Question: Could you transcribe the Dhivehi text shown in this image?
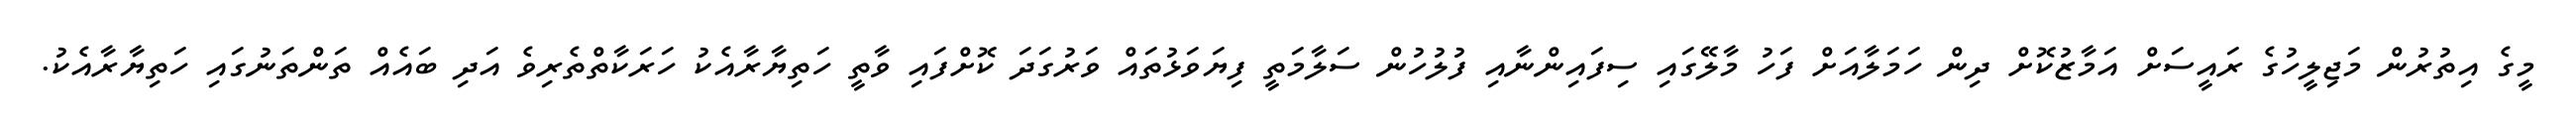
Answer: މީގެ އިތުރުން މަޖިލީހުގެ ރައީސަށް އަމާޒުކޮށް ދިން ހަމަލާއަށް ފަހު މާލޭގައި ސިފައިންނާއި ފުލުހުން ސަލާމަތީ ފިޔަވަޅުތައް ވަރުގަދަ ކޮށްފައި ވާތީ ހަތިޔާރާއެކު ހަރަކާތްތެރިވެ އަދި ބައެއް ތަންތަނުގައި ހަތިޔާރާއެކު.